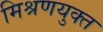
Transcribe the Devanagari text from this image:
मिश्रणयुक्त